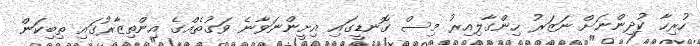
ހުރިހާ ކުދިންނަށް ނަޒަރު ހިންގާލިއިރު މިސް ގޮނޑީގައި އިށީންނަވާނެ ވަގުތެއްގެ އިންތިޒާރުގައި ތިބިކަން